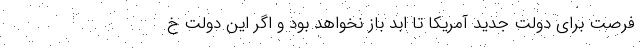
فرصت برای دولت جدید آمریکا تا ابد باز نخواهد بود و اگر این دولت خ